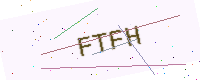
Text: FTFH